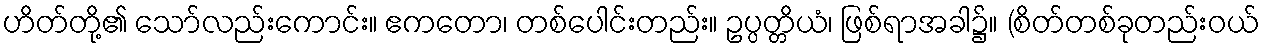
ဟိတ်တို့၏ သော်လည်းကောင်း။ ဧကတော၊ တစ်ပေါင်းတည်း။ ဥပ္ပတ္တိယံ၊ ဖြစ်ရာအခါ၌။ (စိတ်တစ်ခုတည်းဝယ်